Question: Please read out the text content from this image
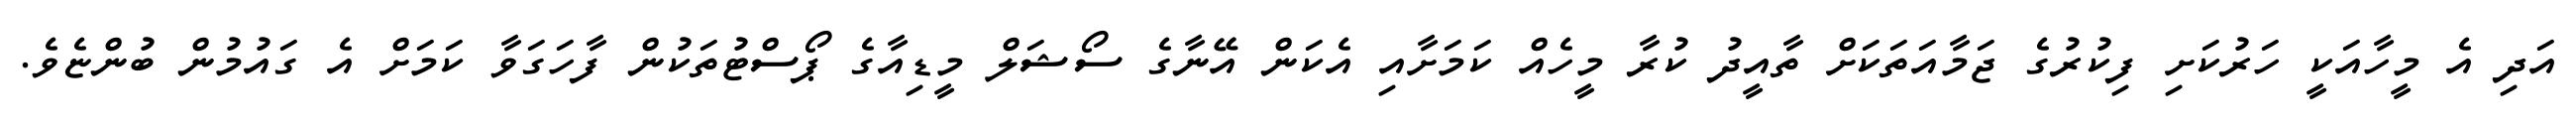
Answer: އަދި އެ މީހާއަކީ ހަރުކަށި ފިކުރުގެ ޖަމާއަތަކަށް ތާއީދު ކުރާ މީހެއް ކަމަށާއި އެކަން އޭނާގެ ސޯޝަލް މީޑިއާގެ ޕޯސްޓުތަކުން ފާހަގަވާ ކަމަށް އެ ގައުމުން ބުންޏެވެ.